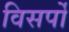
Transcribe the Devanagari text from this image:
विसर्पों